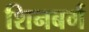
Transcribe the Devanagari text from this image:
शिनबर्ग